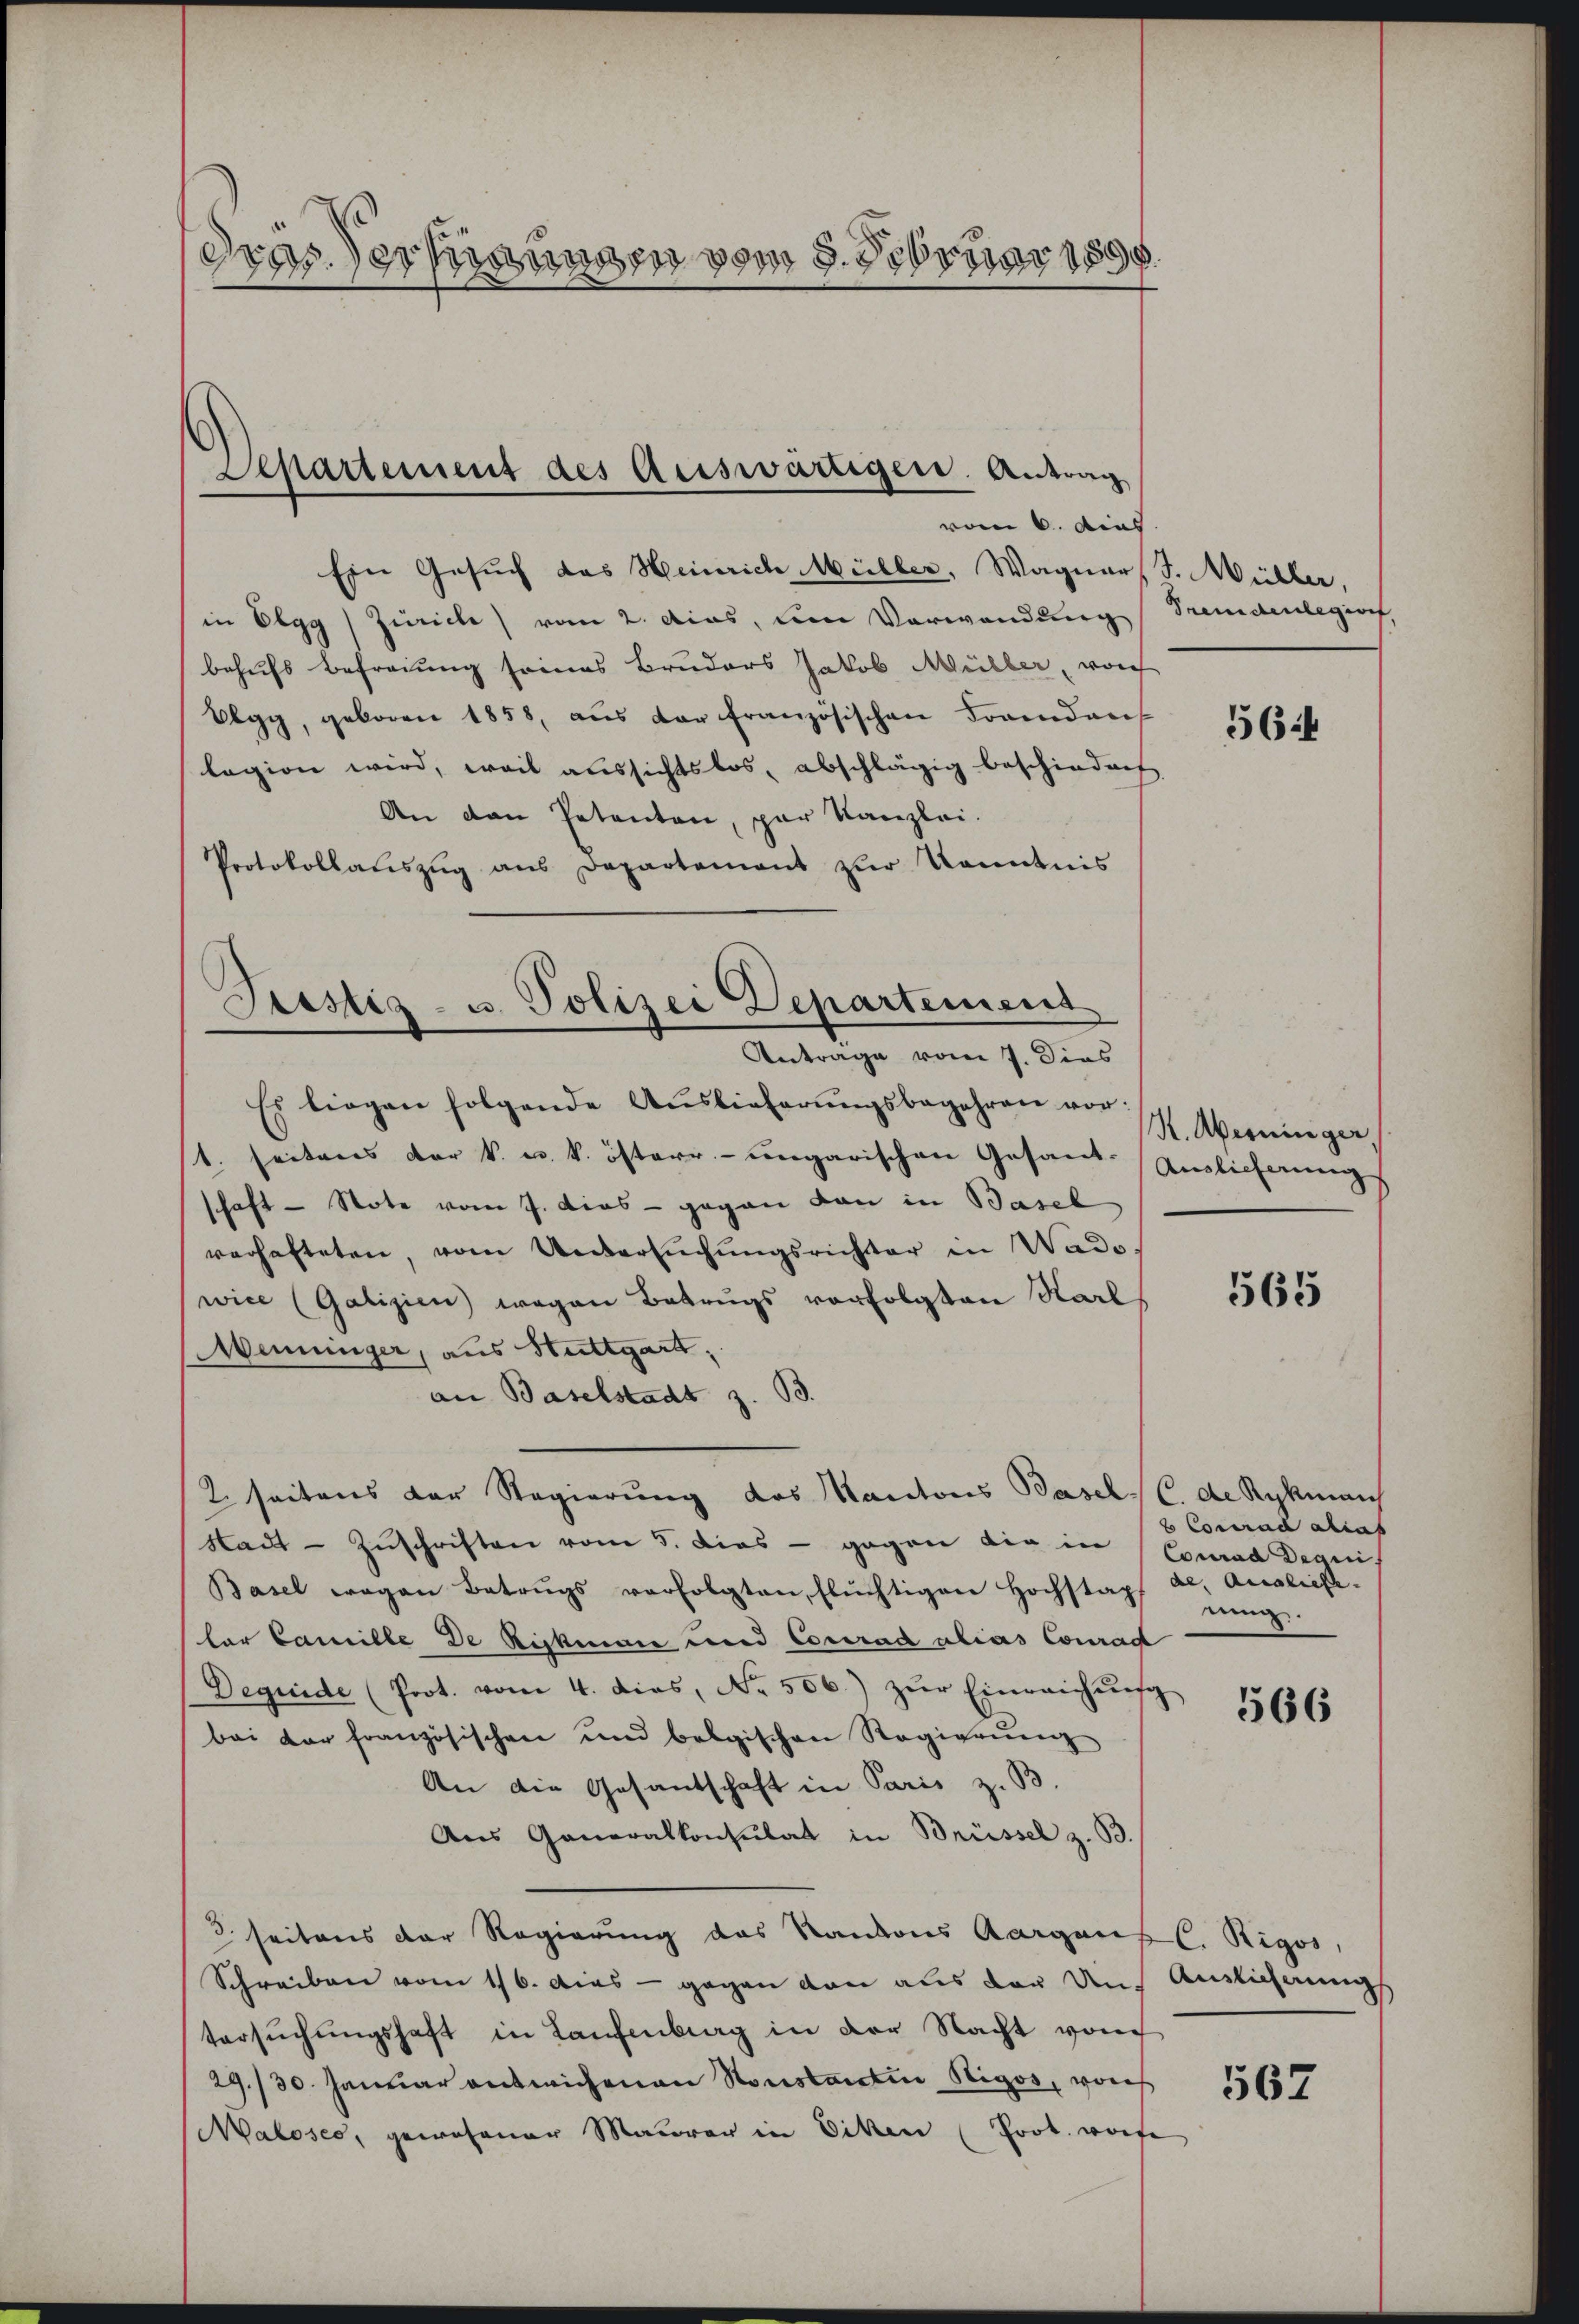
dras. Verfügungen vom 8. Februar 1858.

Separtement des Auswärtigen. Antrag
vom 6. Aus

Ein Gesuch das Heinrich Müller, Wagners. Müller,
in Elgg Zürich) vom 2. das, um Verwendung Fremdenlegio,
behufs Befreiung seines Bruders Jakob Müller, vor
Olgg, geboren 1858 aŭs der französischen Frandan
lagion wird, weil aussichtslos, abschlägig beschiedenh
An den Petenten, par Kanzlei.
Protokollaŭszŭg aŭs Departement zŭr Kenntnis
Antrage vom 7. Dies
Es liegen folgende Auslieferŭngsbegehren vor:
1. seitens der k. u. k. österr.-ungarischen Gesand-Auslieferungs
schaft - Note vom 7. dies - gegen von in Basel
verhafteten, vom Untersŭchŭngsrichter in Wade-
wice (Galizien) wegen Betrugs vorfolgten Karl,
Menninger, aus Stuttgart,
an Baselstadt z. B.
2 seitens der Regierung des Kantons Basel, C. de Rykman
Sack - Zuschriften vom 5. dies - gegen die in Conrad Dequis
Basel wegen Betrugs verfolgten, flüchtigen Hochstapf al. Ausliefe.
tar Camille de Rickman und Conrad alias Conrad
Dequide (Prot. vom 4. dies, No. 506.) zŭr Einreichŭng
bei der französischen und belgischen Regierŭng
An die Gesandschaft in Paris z. B.
Aus Generalkonsulat in Brüssel z. B.
3 seitens der Regierung des Kantons Aargauf C. Rigor,
Schreiben vom 16. dies - gegen von aus der Aus Auslichnungs
tersŭchŭngshaft in Laufenburg in der Nacht von
29./30. Januar entwichenen Konstantin Rigos, won
Maloses, gewesener Maurer in Eiten Prot. worfe

Pustiz- u. Polizei Departement

564

R. Aberninger,

565

2 Conrad allas
nung.

566

567